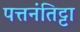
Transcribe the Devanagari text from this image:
पत्तनंतिट्टा